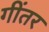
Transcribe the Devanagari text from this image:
गींतर